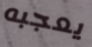
يعجبه